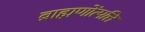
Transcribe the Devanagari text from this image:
ब्राह्मणोंत्पत्ति